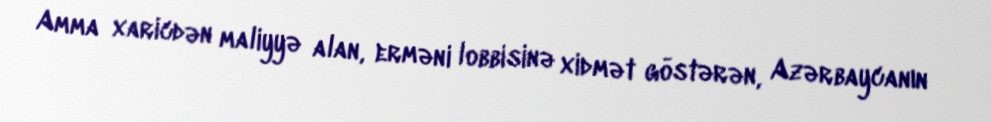
Amma xaricdən maliyyə alan, erməni lobbisinə xidmət göstərən, Azərbaycanın